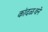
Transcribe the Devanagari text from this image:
कांदळवने